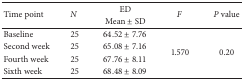
<table><thead><tr><td rowspan="2"><b>Time point</b></td><td rowspan="2"><b><i>N </i></b></td><td><b>ED</b></td><td rowspan="2"><b><i>F </i></b></td><td rowspan="2"><b><i>P</i> value</b></td></tr><tr><td><b>Mean ± SD</b></td></tr></thead><tbody><tr><td>Baseline</td><td>25</td><td>64.52 ± 7.76</td><td rowspan="4">1.570</td><td rowspan="4">0.20</td></tr><tr><td>Second week </td><td>25</td><td>65.08 ± 7.16</td></tr><tr><td>Fourth week</td><td>25</td><td>67.76 ± 8.11</td></tr><tr><td>Sixth week</td><td>25</td><td>68.48 ± 8.09</td></tr></tbody></table>